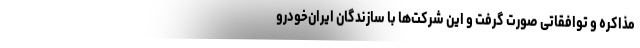
مذاکره و توافقاتی صورت گرفت و این شرکت‌ها با سازندگان ایران‌خودرو